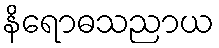
နိရောဓသညာယ